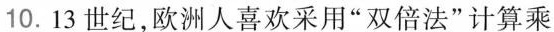
10. 13 世纪，欧洲人喜欢采用“双倍法”计算乘